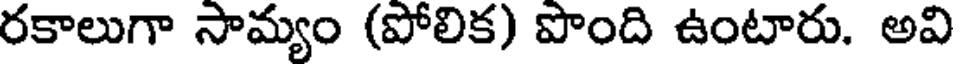
రకాలుగా సామ్యం (పోలిక) పొంది ఉంటారు. అవి